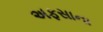
અફસાના